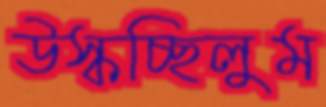
উস্‌কচ্ছিলুম